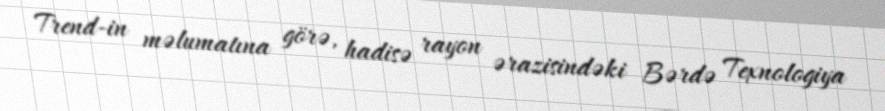
Trend-in məlumatına görə, hadisə rayon ərazisindəki Bərdə Texnologiya